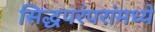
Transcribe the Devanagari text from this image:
सिद्धपरंपरांमध्ये